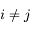
i \neq j